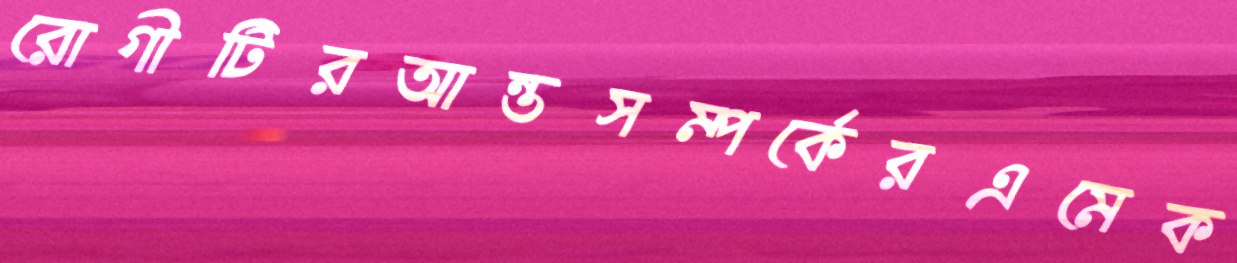
রোগীটিরআন্তসম্পর্কেরএমেক